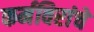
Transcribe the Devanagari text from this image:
कर्मविरांचे